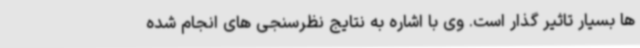
ها بسیار تاثیر گذار است. وی با اشاره به نتایج نظرسنجی های انجام شده